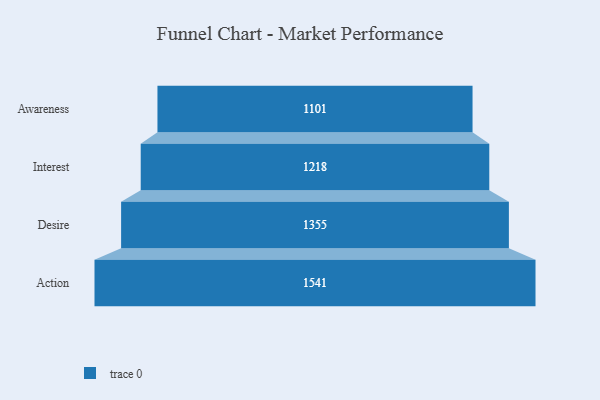
{"axis": {"x": "Stage", "y": "Value"}, "legend": [""], "data": [{"x": "Awareness", "y": 1101.0, "type": ""}, {"x": "Interest", "y": 1218.0, "type": ""}, {"x": "Desire", "y": 1355.0, "type": ""}, {"x": "Action", "y": 1541.0, "type": ""}]}